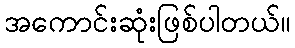
အကောင်းဆုံးဖြစ်ပါတယ်။